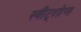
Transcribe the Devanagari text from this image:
स्वीट्शोप्स